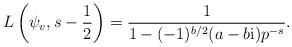
LaTeX: \begin{gather*} L\left(\psi_v, s - \frac12\right) = \frac{1}{1 - (-1)^{b/2}(a - b{\rm i}) p^{-s}}.\end{gather*}